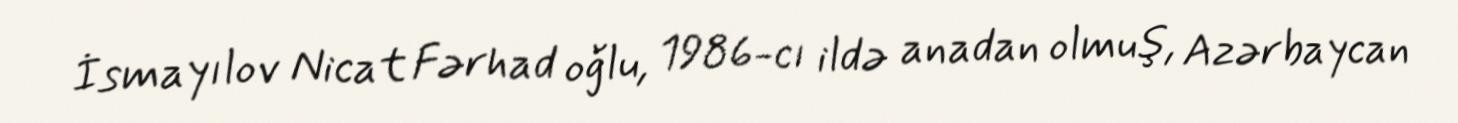
İsmayılov Nicat Fərhad oğlu, 1986-cı ildə anadan olmuş, Azərbaycan